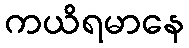
ကယိရမာနေ